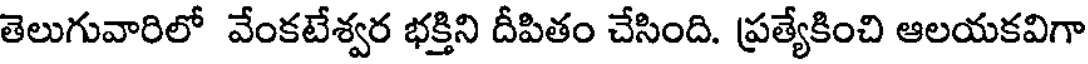
తెలుగువారిలో వేంకటేశ్వర భక్తిని దీపితం చేసింది. ప్రత్యేకించి ఆలయకవిగా